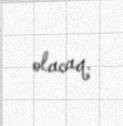
olacaq.